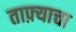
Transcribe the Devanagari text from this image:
ताफ़्याचा